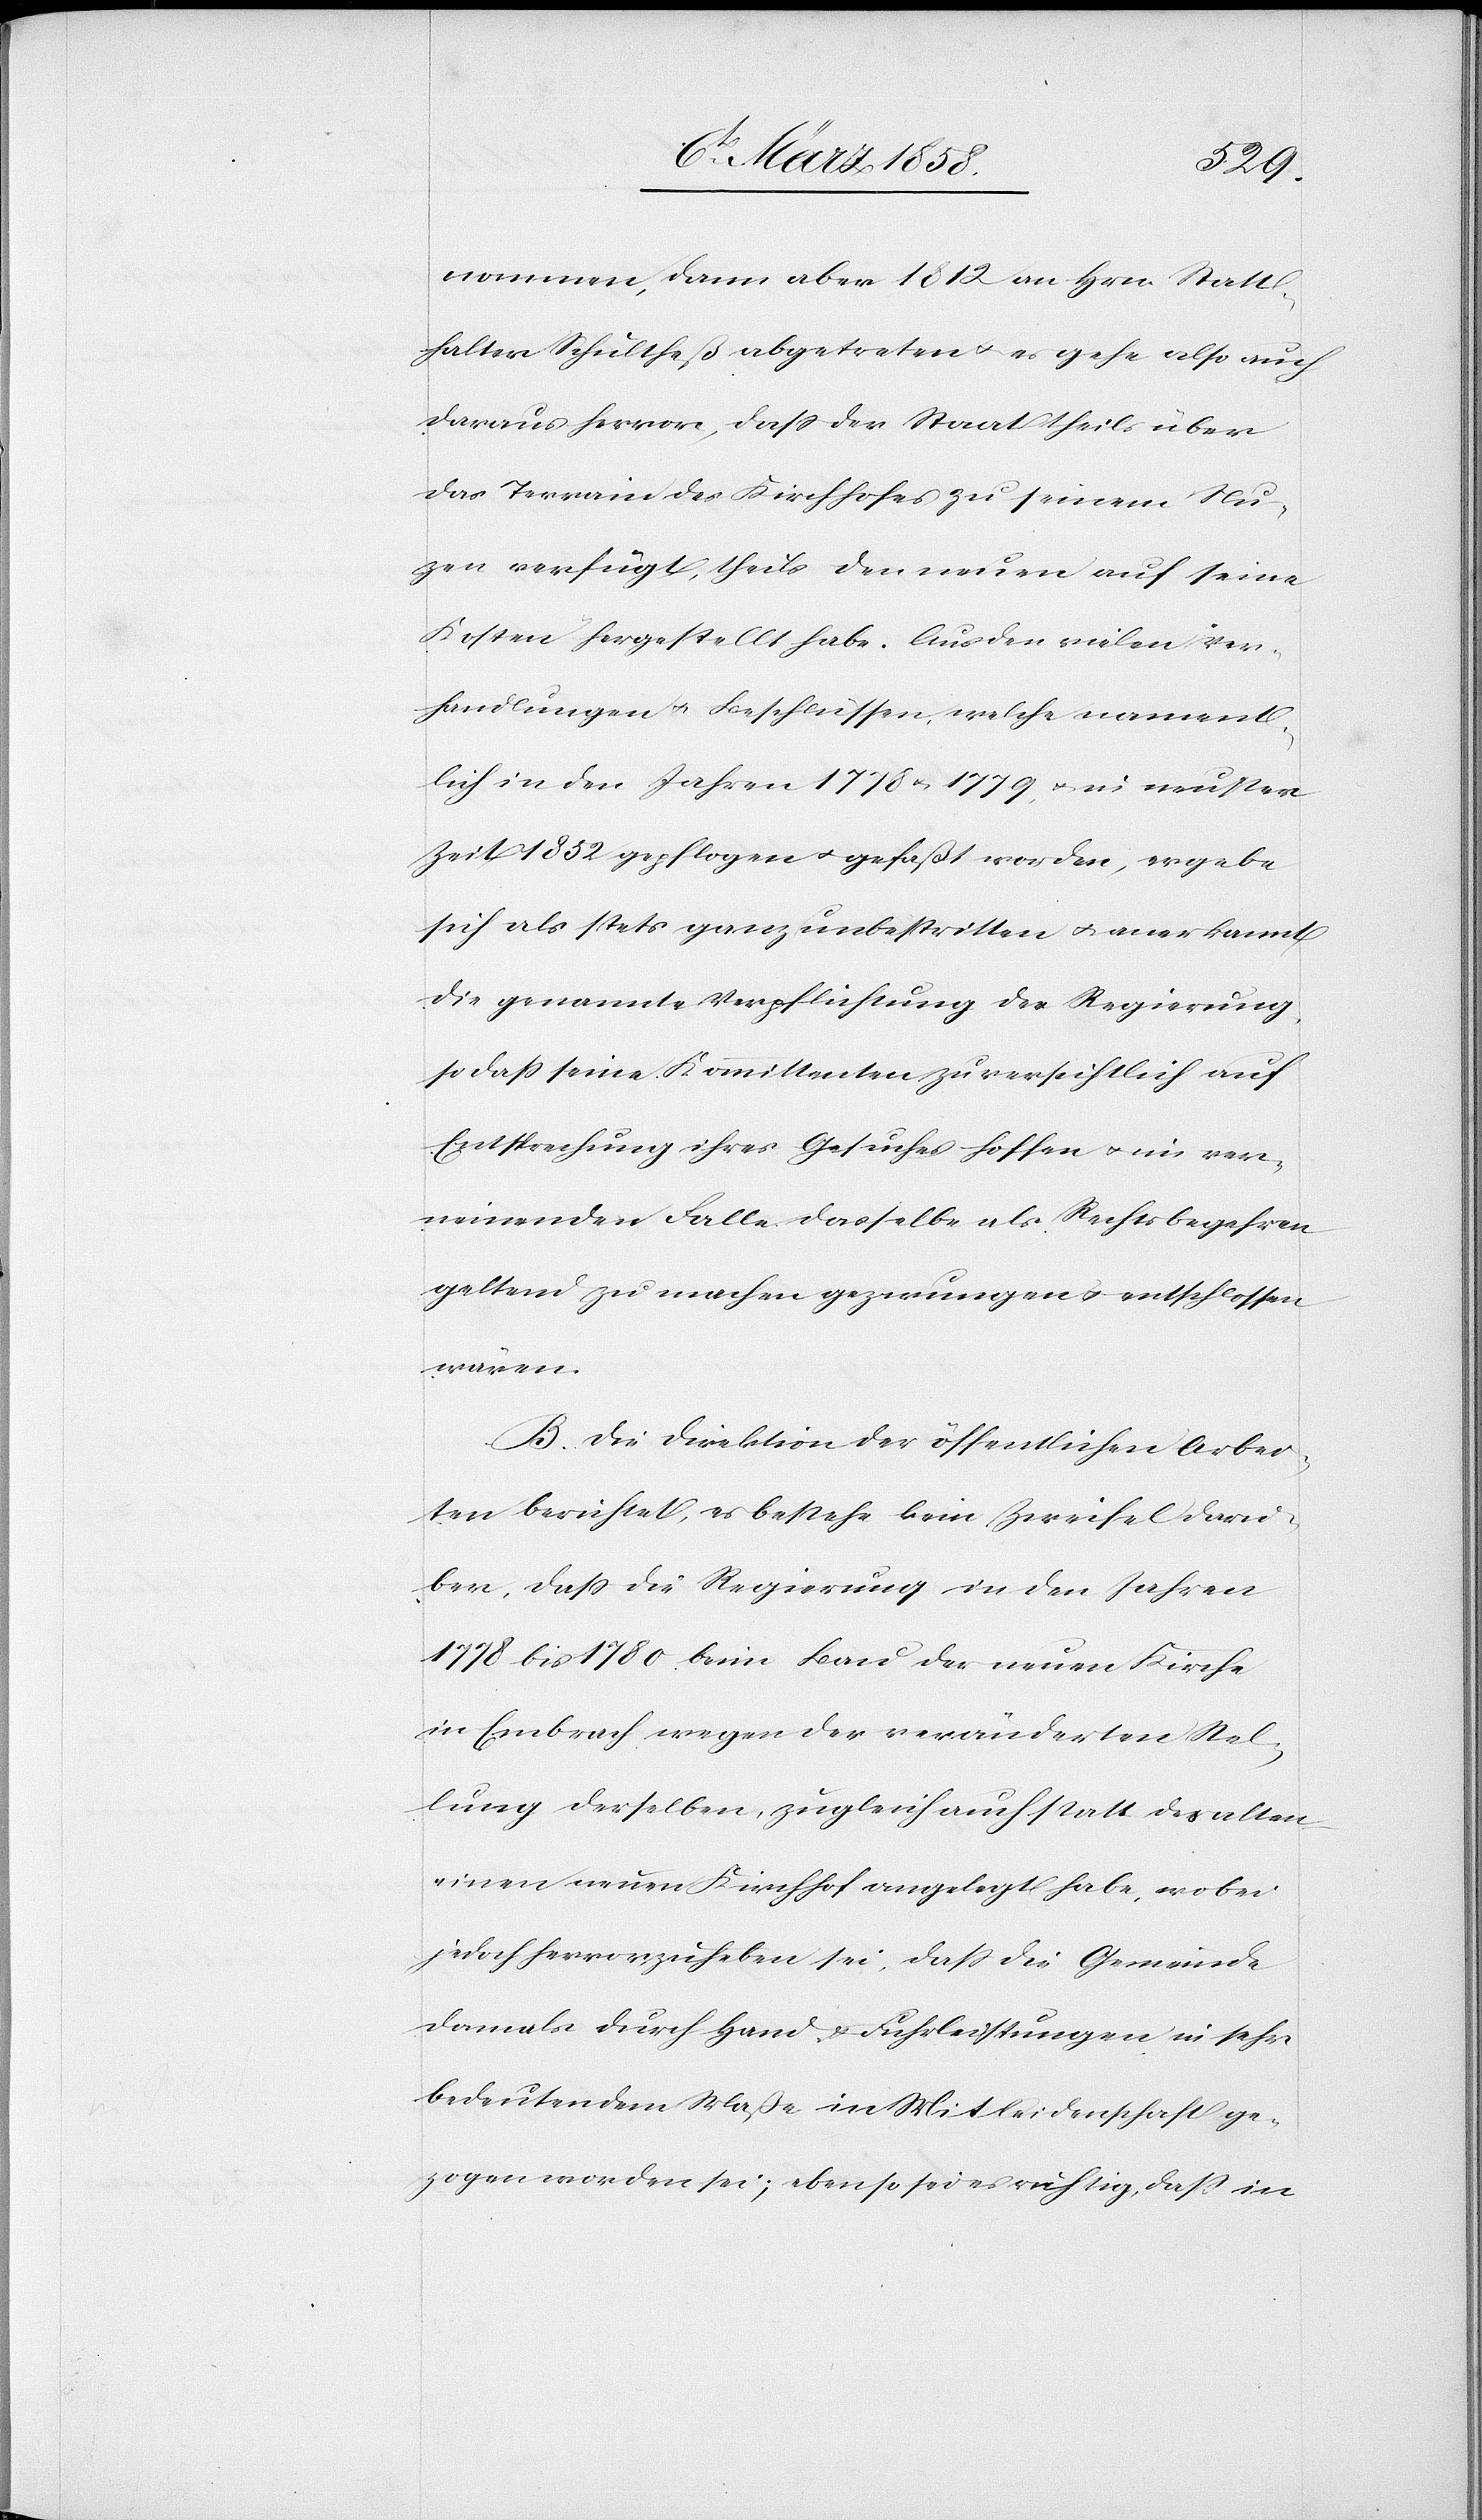
nommen, dann aber 1812 an Hrn. Statt¬
halter Schultheß abgetreten u. es gehe also auch
daraus hervor, daß der Staat theils über
das Terrain des Kirchhofes zu seinem Nu[t]z¬
en verfügt, theils den neuen auf seine
Kosten hergestellt habe. Aus den vielen Ver¬
handlungen u. Beschlüssen, welche nament¬
lich in den Jahren 1778 & 1779, u. in neuster
Zeit 1852 gepflogen u. gefaßt werden, ergebe
sich als stets ganz unbestritten u. anerkannt
die genannte Verpflichtung der Regierung,
so daß seine Kommittenten zuversichtlich auf
Entsprechung ihres Gesuches hoffen u. im ver¬
neinenden Falle dasselbe als Rechtsbegehren
geltend zu machen gezwungen u. entschlossen
wären.
B. Die Direktion der öffentlichen Arbei¬
ten berichtet, es bestehe kein Zweifel darü¬
ber, daß die Regierung in den Jahren
1778 bis 1780 beim Bau der neuen Kirche
in Embrach wegen der veränderten Stel¬
lung derselben, zugleich auch statt des alten
einen neuen Kirchhof angelegt habe, wobei
jedoch hervorzuheben sei, daß die Gemeinde
damals durch Hand- u. Fuhrleistungen in sehr
bedeutendem Maße in Mitleidenschaft ge¬
zogen worden sei; ebenso sei es richtig, daß in